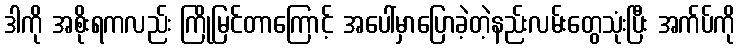
ဒါကို အစိုးရကလည်း ကြိုမြင်တာကြောင့် အပေါ်မှာပြောခဲ့တဲ့နည်းလမ်းတွေသုံးပြီး အက်ပ်ကို